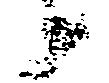
候